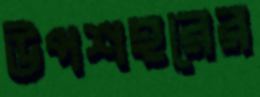
উপশহরের